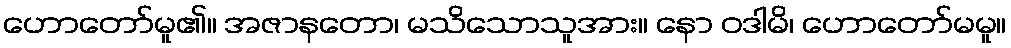
ဟောတော်မူ၏။ အဇာနတော၊ မသိသောသူအား။ နော ဝဒါမိ၊ ဟောတော်မမူ။